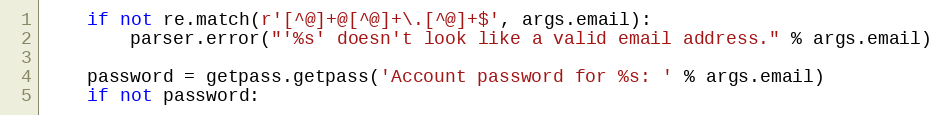
Language: Python
    if not re.match(r'[^@]+@[^@]+\.[^@]+$', args.email):
        parser.error("'%s' doesn't look like a valid email address." % args.email)

    password = getpass.getpass('Account password for %s: ' % args.email)
    if not password: